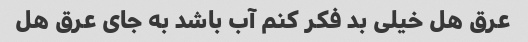
عرق هل خیلی بد فکر کنم آب باشد به جای عرق هل